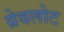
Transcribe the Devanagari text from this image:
ग्रेवलोट